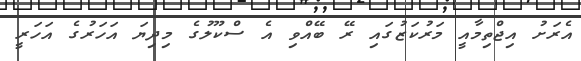
އެރަށު އިޖްތިމާއީ މަރުކަޒުގައި ރޭ ބޭއްވި އެ ސްކޫލުގެ މިދިޔަ އަހަރުގެ އަހަރީ